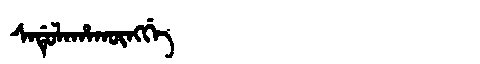
Manchu: ᠰᠠᡩᡠᠯᠠᡥᠠᡴᡡᠩᡤᡝ
Romanization: SADULAHAKŪNGGE